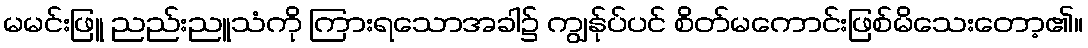
မမင်းဖြူ ညည်းညူသံကို ကြားရသောအခါ၌ ကျွန်ုပ်ပင် စိတ်မကောင်းဖြစ်မိသေးတော့၏။